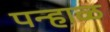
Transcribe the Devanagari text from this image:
पन्हाळ